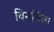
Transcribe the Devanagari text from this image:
विनविता